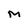
Character: M